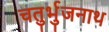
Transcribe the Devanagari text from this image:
चतुर्भुजनाथ